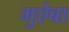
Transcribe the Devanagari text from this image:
गुऐबा